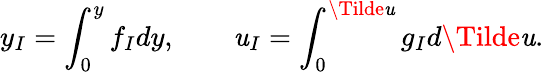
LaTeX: y_{I}=\int_{0}^{y}f_{I}dy,\quad\quad\mathit{u}_{I}=\int_{0}^{\Tilde{\mathit{u}}}g_{I}d\Tilde{\mathit{u}}.